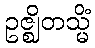
ဥဇ္ဈိတသ္မိံ